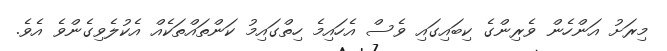
މިރަށު އަންހެން ވެރިންގެ ކިބައިގައި ވެސް އެހައިމެ ހިތްގައިމު ކަންތައްތަކެއް އެކުލެވިގެންވެ އެވެ.